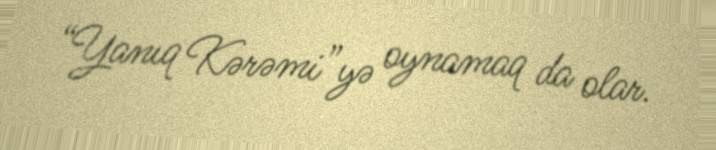
“Yanıq Kərəmi”yə oynamaq da olar.